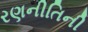
રણનીતિની